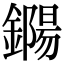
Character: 鐊